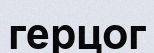
герцог